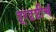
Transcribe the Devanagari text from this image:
दूरदृष्टीचं